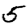
Digit: 5